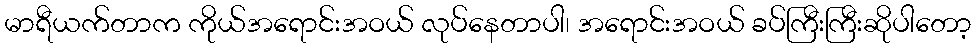
မာရီယက်တာက ကိုယ်အရောင်းအဝယ် လုပ်နေတာပါ၊ အရောင်းအဝယ် ခပ်ကြီးကြီးဆိုပါတော့